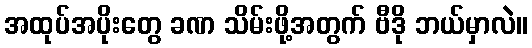
အထုပ်အပိုးတွေ ခဏ သိမ်းဖို့အတွက် ဗီဒို ဘယ်မှာလဲ။